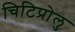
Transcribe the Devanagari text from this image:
चिटिप्रोलु